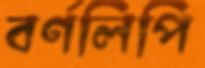
বর্ণলিপি